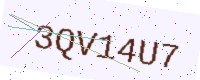
Text: 3QV14U7